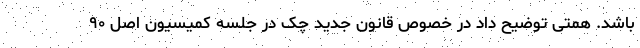
باشد. همتی توضیح داد در خصوص قانون جدید چک در جلسه کمیسیون اصل ۹۰